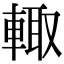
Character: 輙